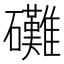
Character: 𮁙